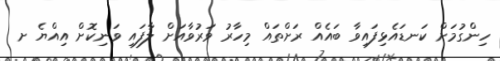
ހިންގުމަށް ކަނޑައެޅިފައިވާ ބައެއް ރަށްތައް މިހާރު ވަރުވާއަށް ލާފައި ވަނިކޮށް އިއްޔެ ށ